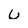
Character: u